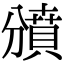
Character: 𧷐